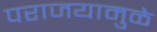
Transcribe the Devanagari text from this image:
पराजयामुळे